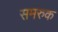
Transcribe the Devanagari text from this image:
समरुक